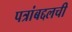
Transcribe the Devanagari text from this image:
पत्रांबद्दलची